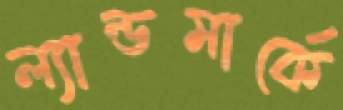
ল্যান্ডমার্কে